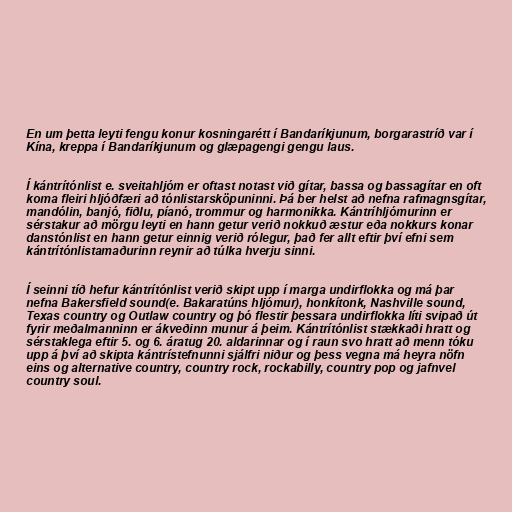
En um þetta leyti fengu konur kosningarétt í Bandaríkjunum, borgarastríð var í
Kína, kreppa í Bandaríkjunum og glæpagengi gengu laus.

Í kántrítónlist e. sveitahljóm er oftast notast við gítar, bassa og bassagítar en oft
koma fleiri hljóðfæri að tónlistarsköpuninni. Þá ber helst að nefna rafmagnsgítar,
mandólin, banjó, fiðlu, píanó, trommur og harmonikka. Kántríhljómurinn er
sérstakur að mörgu leyti en hann getur verið nokkuð æstur eða nokkurs konar
danstónlist en hann getur einnig verið rólegur, það fer allt eftir því efni sem
kántrítónlistamaðurinn reynir að túlka hverju sinni.

Í seinni tíð hefur kántrítónlist verið skipt upp í marga undirflokka og má þar
nefna Bakersfield sound(e. Bakaratúns hljómur), honkítonk, Nashville sound,
Texas country og Outlaw country og þó flestir þessara undirflokka líti svipað út
fyrir meðalmanninn er ákveðinn munur á þeim. Kántrítónlist stækkaði hratt og
sérstaklega eftir 5. og 6. áratug 20. aldarinnar og í raun svo hratt að menn tóku
upp á því að skipta kántrístefnunni sjálfri niður og þess vegna má heyra nöfn
eins og alternative country, country rock, rockabilly, country pop og jafnvel
country soul.